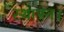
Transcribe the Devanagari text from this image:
स्थापन।